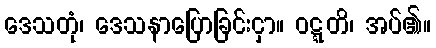
ဒေသတုံ၊ ဒေသနာပြောခြင်းငှာ။ ဝဋ္ဋတိ၊ အပ်၏။